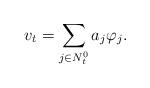
LaTeX: \begin{align*}v_t =\sum_{j\in N_t^0} a_j\varphi_j.\end{align*}